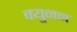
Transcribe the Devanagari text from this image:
क्युनन